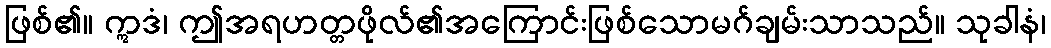
ဖြစ်၏။ ဣဒံ၊ ဤအရဟတ္တဖိုလ်၏အကြောင်းဖြစ်သောမဂ်ချမ်းသာသည်။ သုခါနံ၊